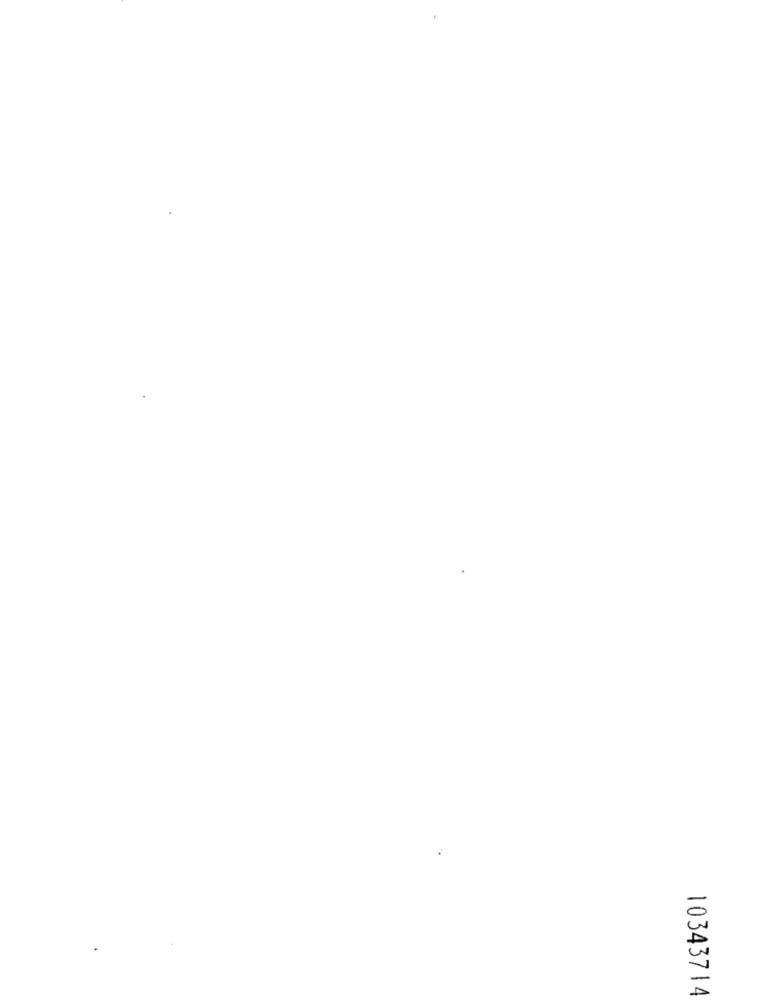
10343714